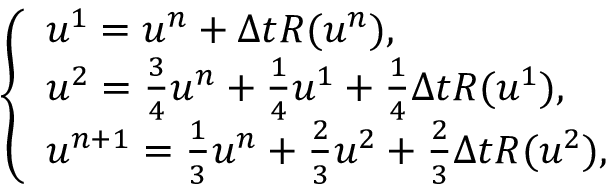
\left\{ \begin{array} { l l } { u ^ { 1 } = u ^ { n } + \Delta t R ( u ^ { n } ) , } \\ { u ^ { 2 } = \frac { 3 } { 4 } u ^ { n } + \frac { 1 } { 4 } u ^ { 1 } + \frac { 1 } { 4 } \Delta t R ( u ^ { 1 } ) , } \\ { u ^ { n + 1 } = \frac { 1 } { 3 } u ^ { n } + \frac { 2 } { 3 } u ^ { 2 } + \frac { 2 } { 3 } \Delta t R ( u ^ { 2 } ) , } \end{array} \right.